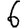
Digit: 6